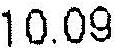
10.09